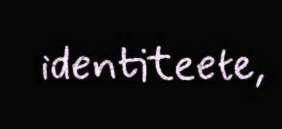
identiteete,